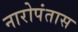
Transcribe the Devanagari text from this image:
नारोपंतास